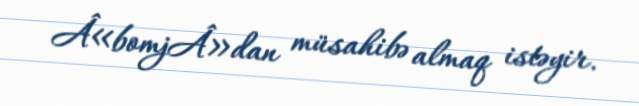
Â«bomjÂ»dan müsahibə almaq istəyir.